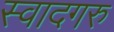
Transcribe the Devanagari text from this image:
स्वादगरु